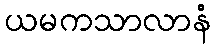
ယမကသာလာနံ